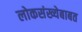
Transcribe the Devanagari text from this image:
लोकसंख्येबाबत